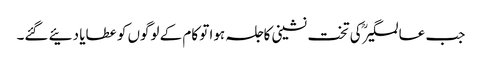
جب عالمگیرؒ کی تخت نشینی کاجلسہ ہوا تو کام کے لوگوں کو عطایا دئیے گئے۔